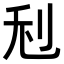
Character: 𠛦